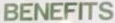
BENEFITS